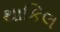
થાકિલ